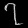
Digit: ၇